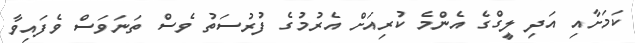
ކަމަށާއި އަދި ލީގްގެ އެންމެ ކުރިއަށް އެރުމުގެ ފުރުސަތު ވެސް ތަނަވަސް ވެފައިވާ